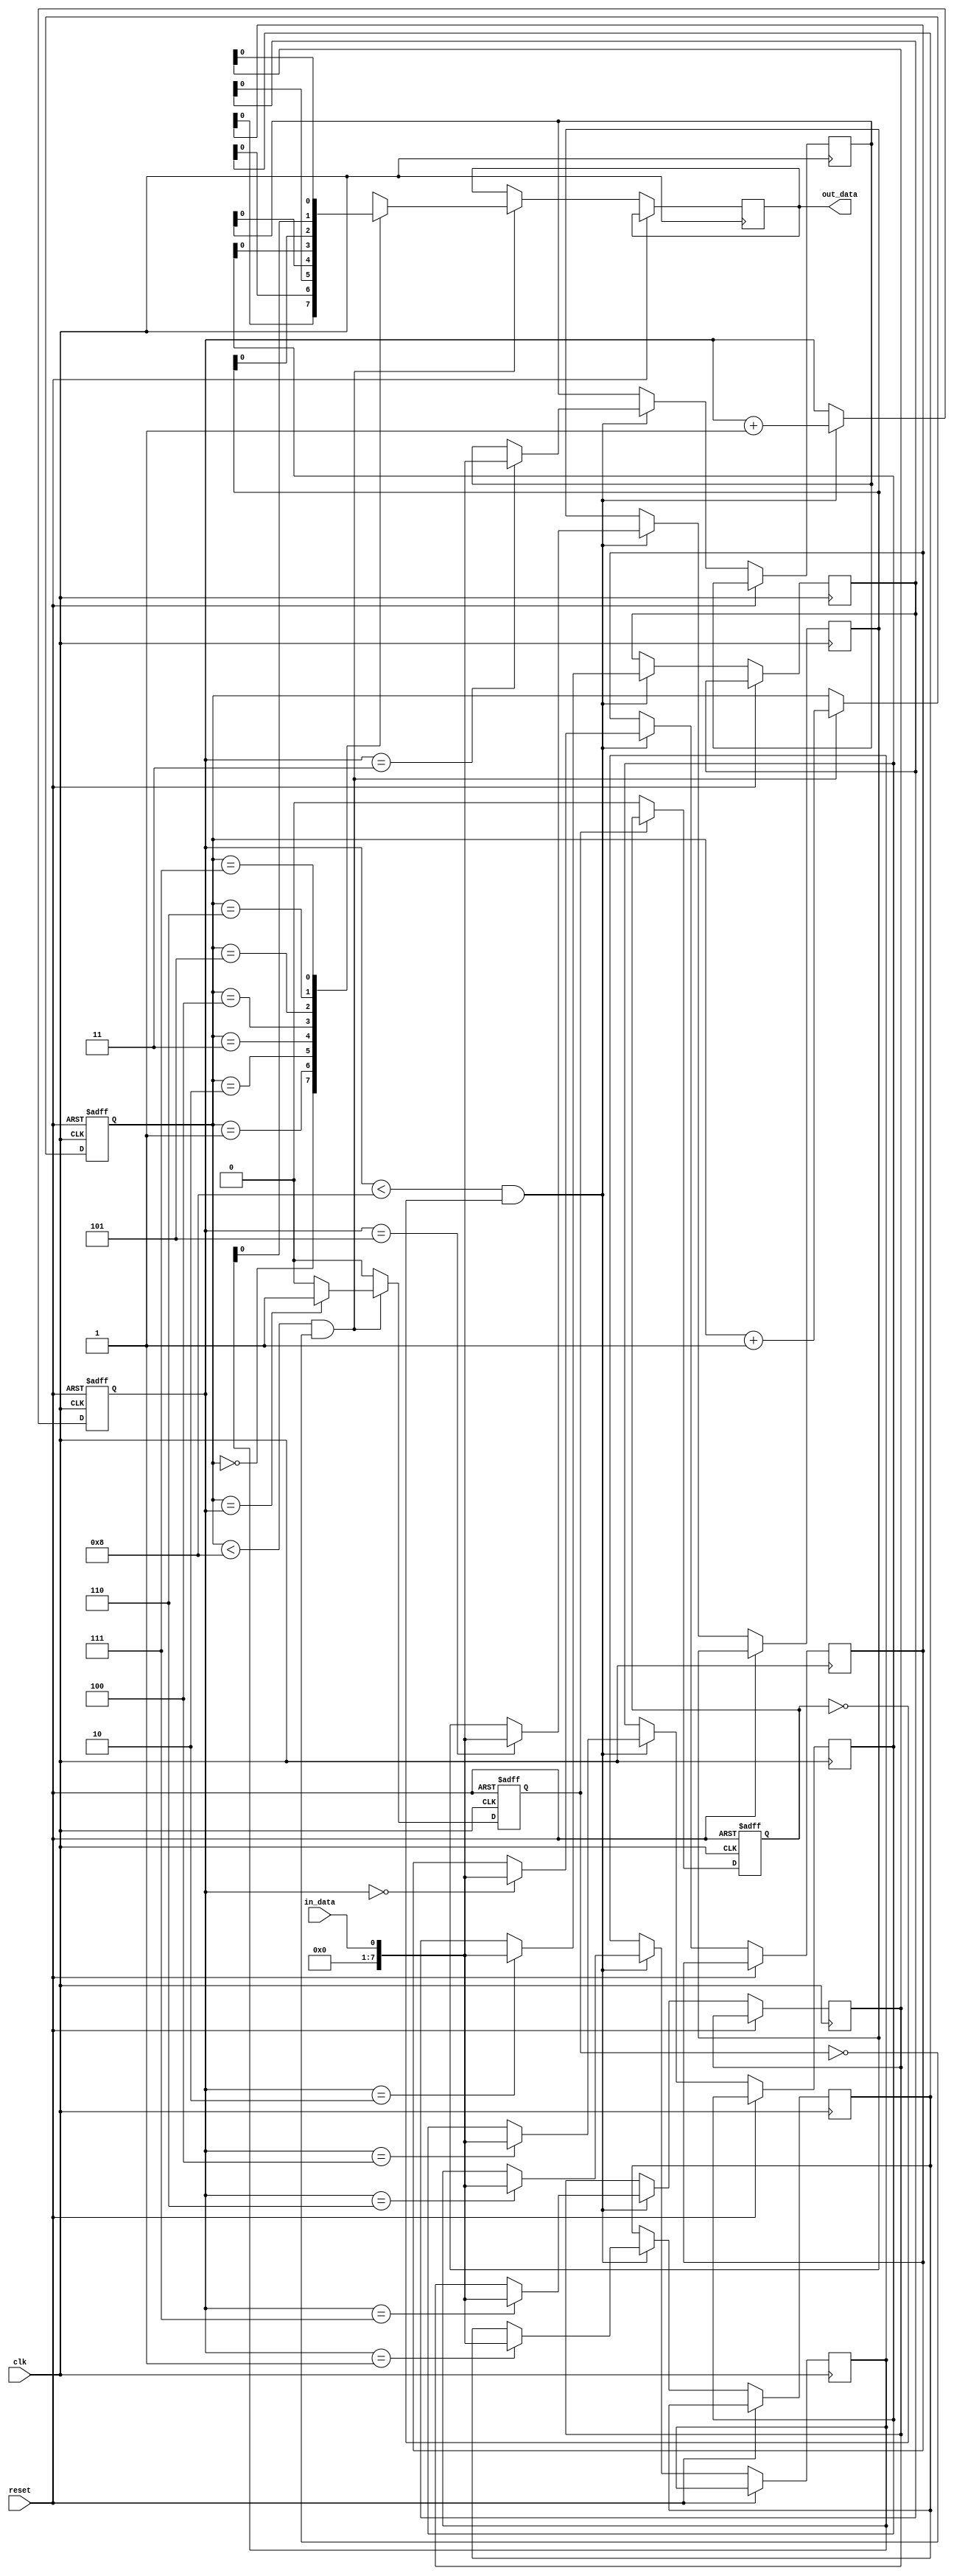
module FirstWordFallThroughFIFO (
    input wire clk,
    input wire reset,
    input wire in_data,
    output wire out_data
);

reg [7:0] fifo [0:7];
reg [2:0] read_ptr, write_ptr;
reg fifo_empty, fifo_full;

always @(posedge clk or posedge reset) begin
    if (reset) begin
        read_ptr <= 3'b0;
        write_ptr <= 3'b0;
        fifo_empty <= 1'b1;
        fifo_full <= 1'b0;
    end else begin
        if (fifo_empty) begin
            fifo_empty <= 1'b0;
        end else if (fifo_full) begin
            fifo_full <= 1'b0;
        end
        
        if (write_ptr < 8 && !fifo_full) begin
            fifo[write_ptr] <= in_data;
            write_ptr <= write_ptr + 1;
            if (write_ptr == 8) begin
                fifo_full <= 1'b1;
            end
        end
        
        if (read_ptr < 8 && !fifo_empty) begin
            out_data <= fifo[read_ptr];
            read_ptr <= read_ptr + 1;
            if (read_ptr == write_ptr) begin
                fifo_empty <= 1'b1;
            end
        end
    end
end

endmodule